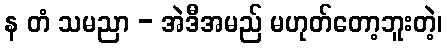
န တံ သမညာ - အဲဒီအမည် မဟုတ်တော့ဘူးတဲ့၊